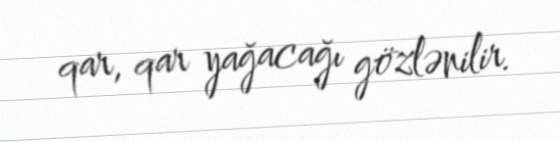
qar, qar yağacağı gözlənilir.